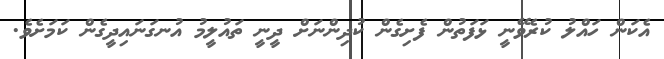
އެކަން ހައްލު ކުރެވޭނީ ޅަފަތުން ފެށިގެން ކުދިންނަށް ދީނީ ތައުލީމު އުނގަނައިދީގެން ކަމަށެވެ.